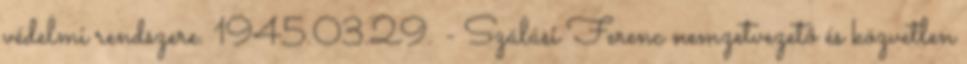
védelmi rendszere. 1945.03.29. - Szálasi Ferenc nemzetvezetõ és közvetlen